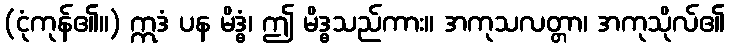
(ငုံကုန်၏။) ဣဒံ ပန မိဒ္ဓံ၊ ဤ မိဒ္ဓသည်ကား။ အကုသလတ္တာ၊ အကုသိုလ်၏